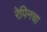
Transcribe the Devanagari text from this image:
रेपिनचा